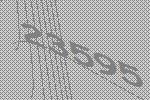
23595